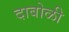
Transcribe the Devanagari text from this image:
दाबोळी